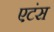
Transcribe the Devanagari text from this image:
एटंस